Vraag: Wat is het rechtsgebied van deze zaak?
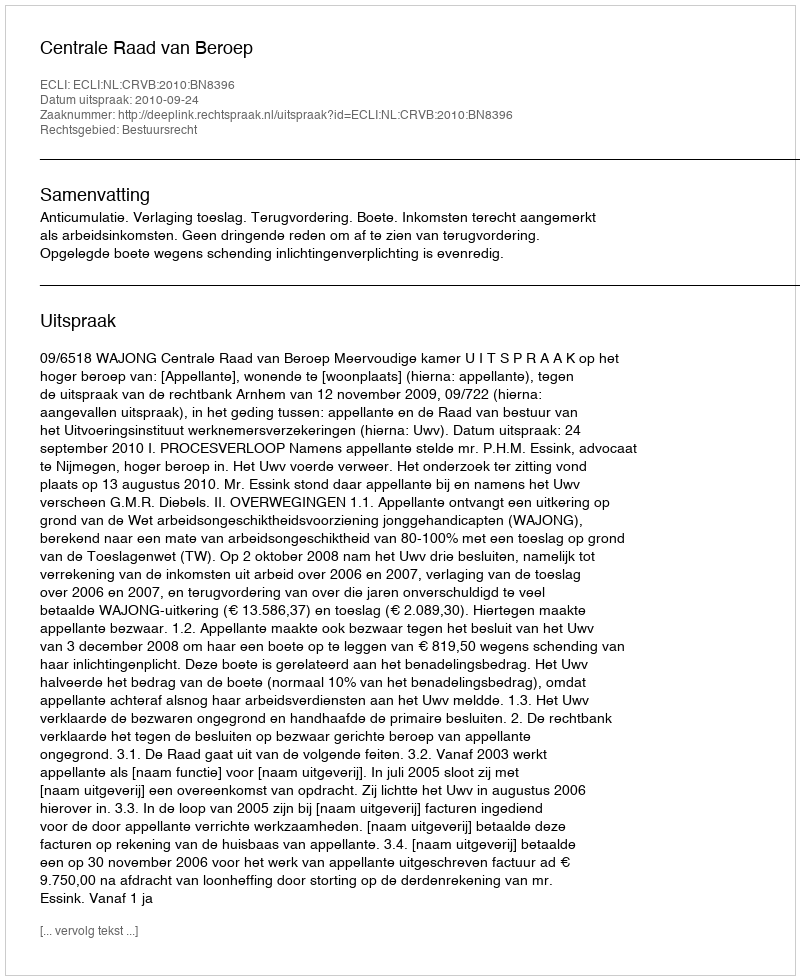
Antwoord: Bestuursrecht